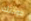
خوذتك